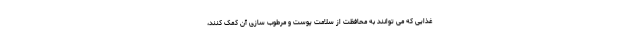
غذایی که می توانند به محافظت از سلامت پوست و مرطوب سازی آن کمک کنند،